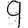
Digit: 9